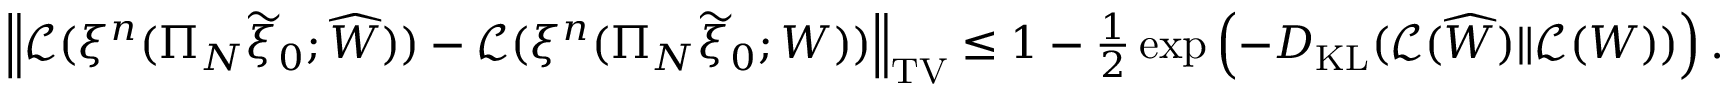
\begin{array} { r } { \left\| \mathcal { L } ( \xi ^ { n } ( \Pi _ { N } \widetilde { \xi } _ { 0 } ; \widehat { W } ) ) - \mathcal { L } ( \xi ^ { n } ( \Pi _ { N } \widetilde { \xi } _ { 0 } ; W ) ) \right\| _ { \mathrm { T V } } \leq 1 - \frac { 1 } { 2 } \exp \left( - D _ { \mathrm { K L } } ( \mathcal { L } ( \widehat { W } ) \| \mathcal { L } ( W ) ) \right) . } \end{array}